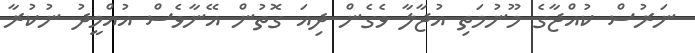
ނަރުސް ކުއްޖާގެ މޫނުމަތި އުޖާލާ ވެގެން ދިއަ ގޮތުން އޭނާވެސް އުއްމީދު ނުކުރާ